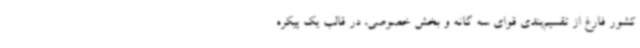
کشور فارغ از تقسیم‌بندی قوای سه گانه و بخش خصوصی، در قالب یک پیکره